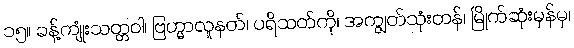
၁၅။ ခန့်ကျုံးသတ္တဝါ၊ ဗြဟ္မာလူနတ်၊ ပရိသတ်ကို၊ အကျွတ်သုံးတန်၊ မြိုက်ဆုံးမှန်မှ၊